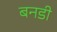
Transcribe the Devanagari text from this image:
बनडी